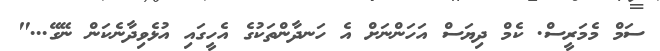
ސަމް މެމަރީސް. ކެމް ދިޔަސް އަހަންނަށް އެ ހަނދާންތަކުގެ އެހީގައި އުޅެވިދާނެކަން ނޭގޭ..."